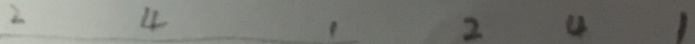
2 4 1 2 4 1